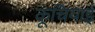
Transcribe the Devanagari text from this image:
कूचियाई